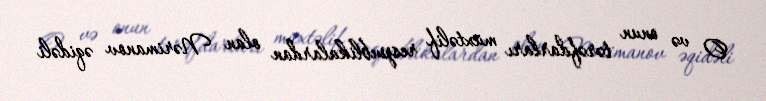
O və onun tərəfdarları müxtəlif respublikalardan olan Nərimanov əqidəli